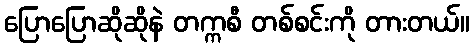
ပြောပြောဆိုဆိုနဲ တက္ကစီ တစ်စင်းကို တားတယ်။